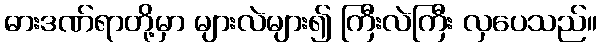
ဓားဒဏ်ရာတို့မှာ များလဲများ၍ ကြီးလဲကြီး လှပေသည်။